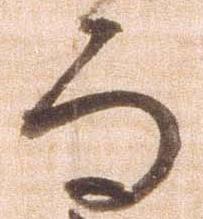
而